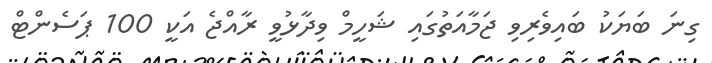
ގިނަ ބަޔަކު ބައިވެރިވި ޖަމާއަތުގައި ޝަހީމް ވިދާޅުވީ ރާއްޖެ އަކީ 100 ޕަސެންޓް